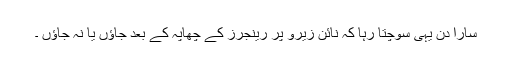
سارا دن یہی سوچتا رہا کہ نائن زیرو پر رینجرز کے چھاپہ کے بعد جاؤں یا نہ جاؤں ۔